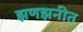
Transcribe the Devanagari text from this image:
झणझनीत